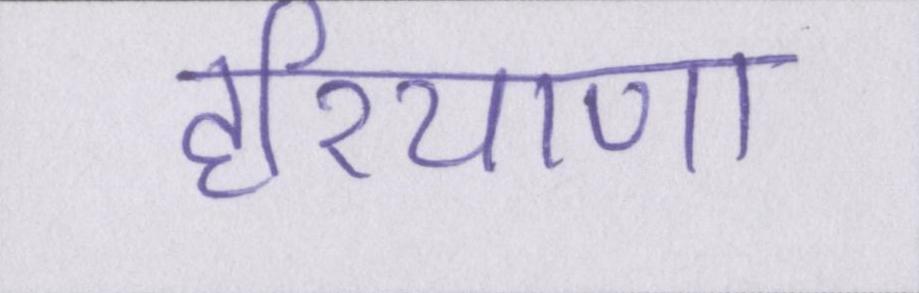
हरियाणा